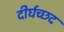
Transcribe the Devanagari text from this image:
दीर्घच्छद